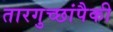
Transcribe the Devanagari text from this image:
तारगुच्छांपैकी